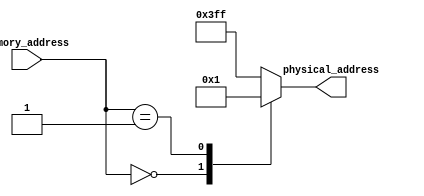
module address_decoding(
    input [7:0] memory_address,
    output reg [9:0] physical_address
);

always @* begin
    case(memory_address)
        8'h00 : physical_address = 10'h000;
        8'h01 : physical_address = 10'h001;
        // Add more address decoding cases as needed
        default : physical_address = 10'hFFF; // Default case
    endcase
end

endmodule